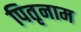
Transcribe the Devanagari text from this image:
पितृनाम